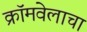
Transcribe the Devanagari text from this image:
क्रॉमवेलाचा